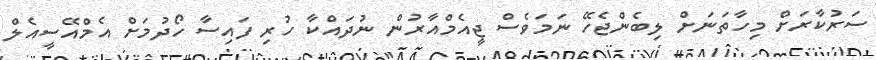
ސަރުކާރަށް މިހާތަނަށް ލިބެންޖެހޭ ނަމަވެސް ޖީއެމްއާރުން ނުދައްކާ ހުރި ފައިސާ ހޯދުމަށް އެމްއޭސީއެލް